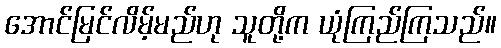
အောင်မြင်လိမ့်မည်ဟု သူတို့က ယုံကြည်ကြသည်။